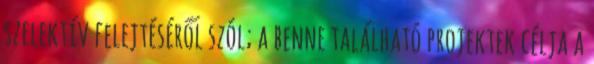
szelektív felejtéséről szól; a benne található projektek célja a